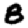
Digit: 8